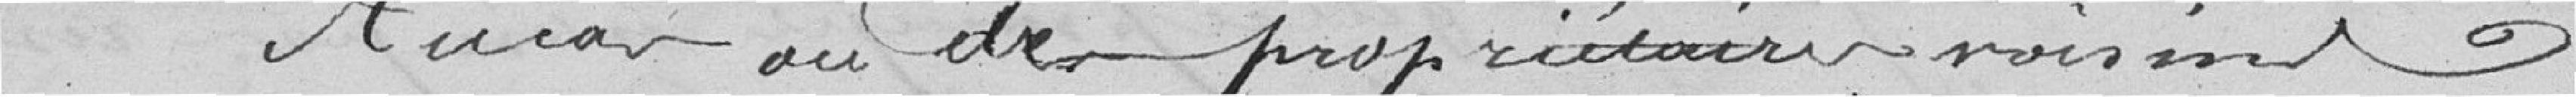
Au cas où des propriétaires voisins